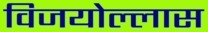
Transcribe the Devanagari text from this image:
विजयोल्लास